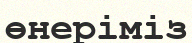
өнеріміз